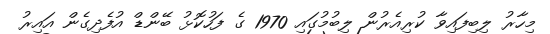
މިހާރު ލިބިފައިވާ ކުރިއެރުން ލިބުމުގައި 1970 ގެ ފަހުކޮޅު ބޭންޑް އުފެދިގެން އައިރު